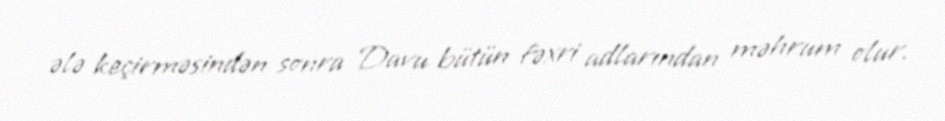
ələ keçirməsindən sonra Davu bütün fəxri adlarından məhrum olur.